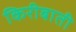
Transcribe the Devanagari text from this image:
किरीबाती